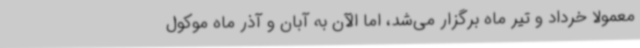
معمولا خرداد و تیر ماه برگزار می‌شد، اما الآن به آبان و آذر ماه موکول